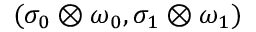
( \sigma _ { 0 } \otimes \omega _ { 0 } , \sigma _ { 1 } \otimes \omega _ { 1 } )